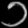
Digit: ၁